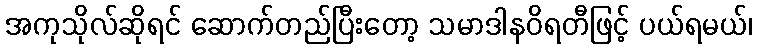
အကုသိုလ်ဆိုရင် ဆောက်တည်ပြီးတော့ သမာဒါနဝိရတီဖြင့် ပယ်ရမယ်၊